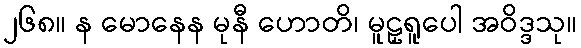
၂၆၈။ န မောနေန မုနီ ဟောတိ၊ မူဠှရူပေါ အဝိဒ္ဒသု။